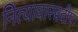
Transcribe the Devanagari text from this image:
नित्याचारप्रदीपः